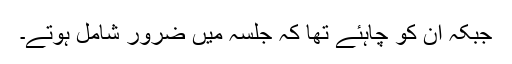
جبکہ اُن کو چاہئے تھا کہ جلسہ میں ضرور شامل ہوتے۔